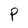
Character: P